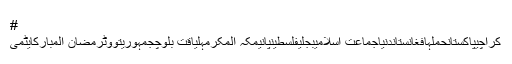
#
کراچیپاکستانحملہافغانستاندنیاجماعت اسلامیبجلیفلسطینپانیمکہ المکرمہلیاقت بلوچجمہوریتووٹرمضان المبارکایٹمی